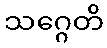
သဂ္ဂေတိ